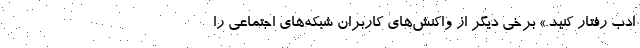
ادب رفتار کنید.» برخی دیگر از واکنش‌های کاربران شبکه‌های اجتماعی را